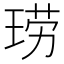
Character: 𫞧